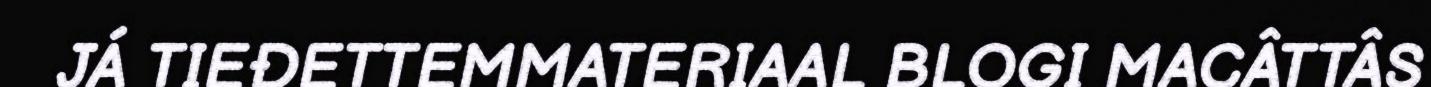
JÁ TIEĐETTEMMATERIAAL BLOGI MACÂTTÂS